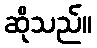
ဆိုသည်။